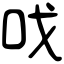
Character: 𠯫